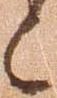
候